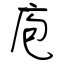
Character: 庖